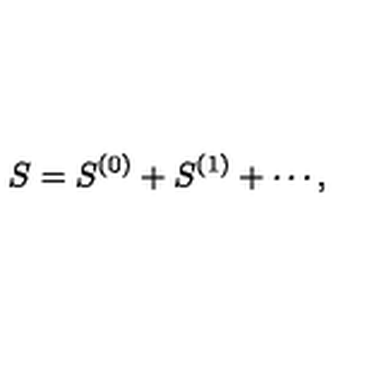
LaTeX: S = S ^ { ( 0 ) } + S ^ { ( 1 ) } + \cdots ,